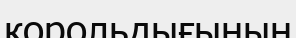
корольдығының